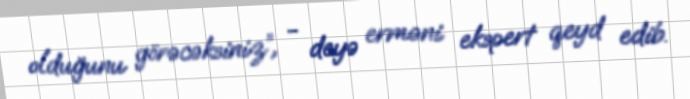
olduğunu görəcəksiniz”, - deyə erməni ekspert qeyd edib.